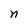
Character: n